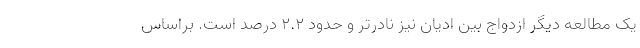
یک مطالعه دیگر ازدواج بین ادیان نیز نادرتر و حدود 2.2 درصد است. براساس